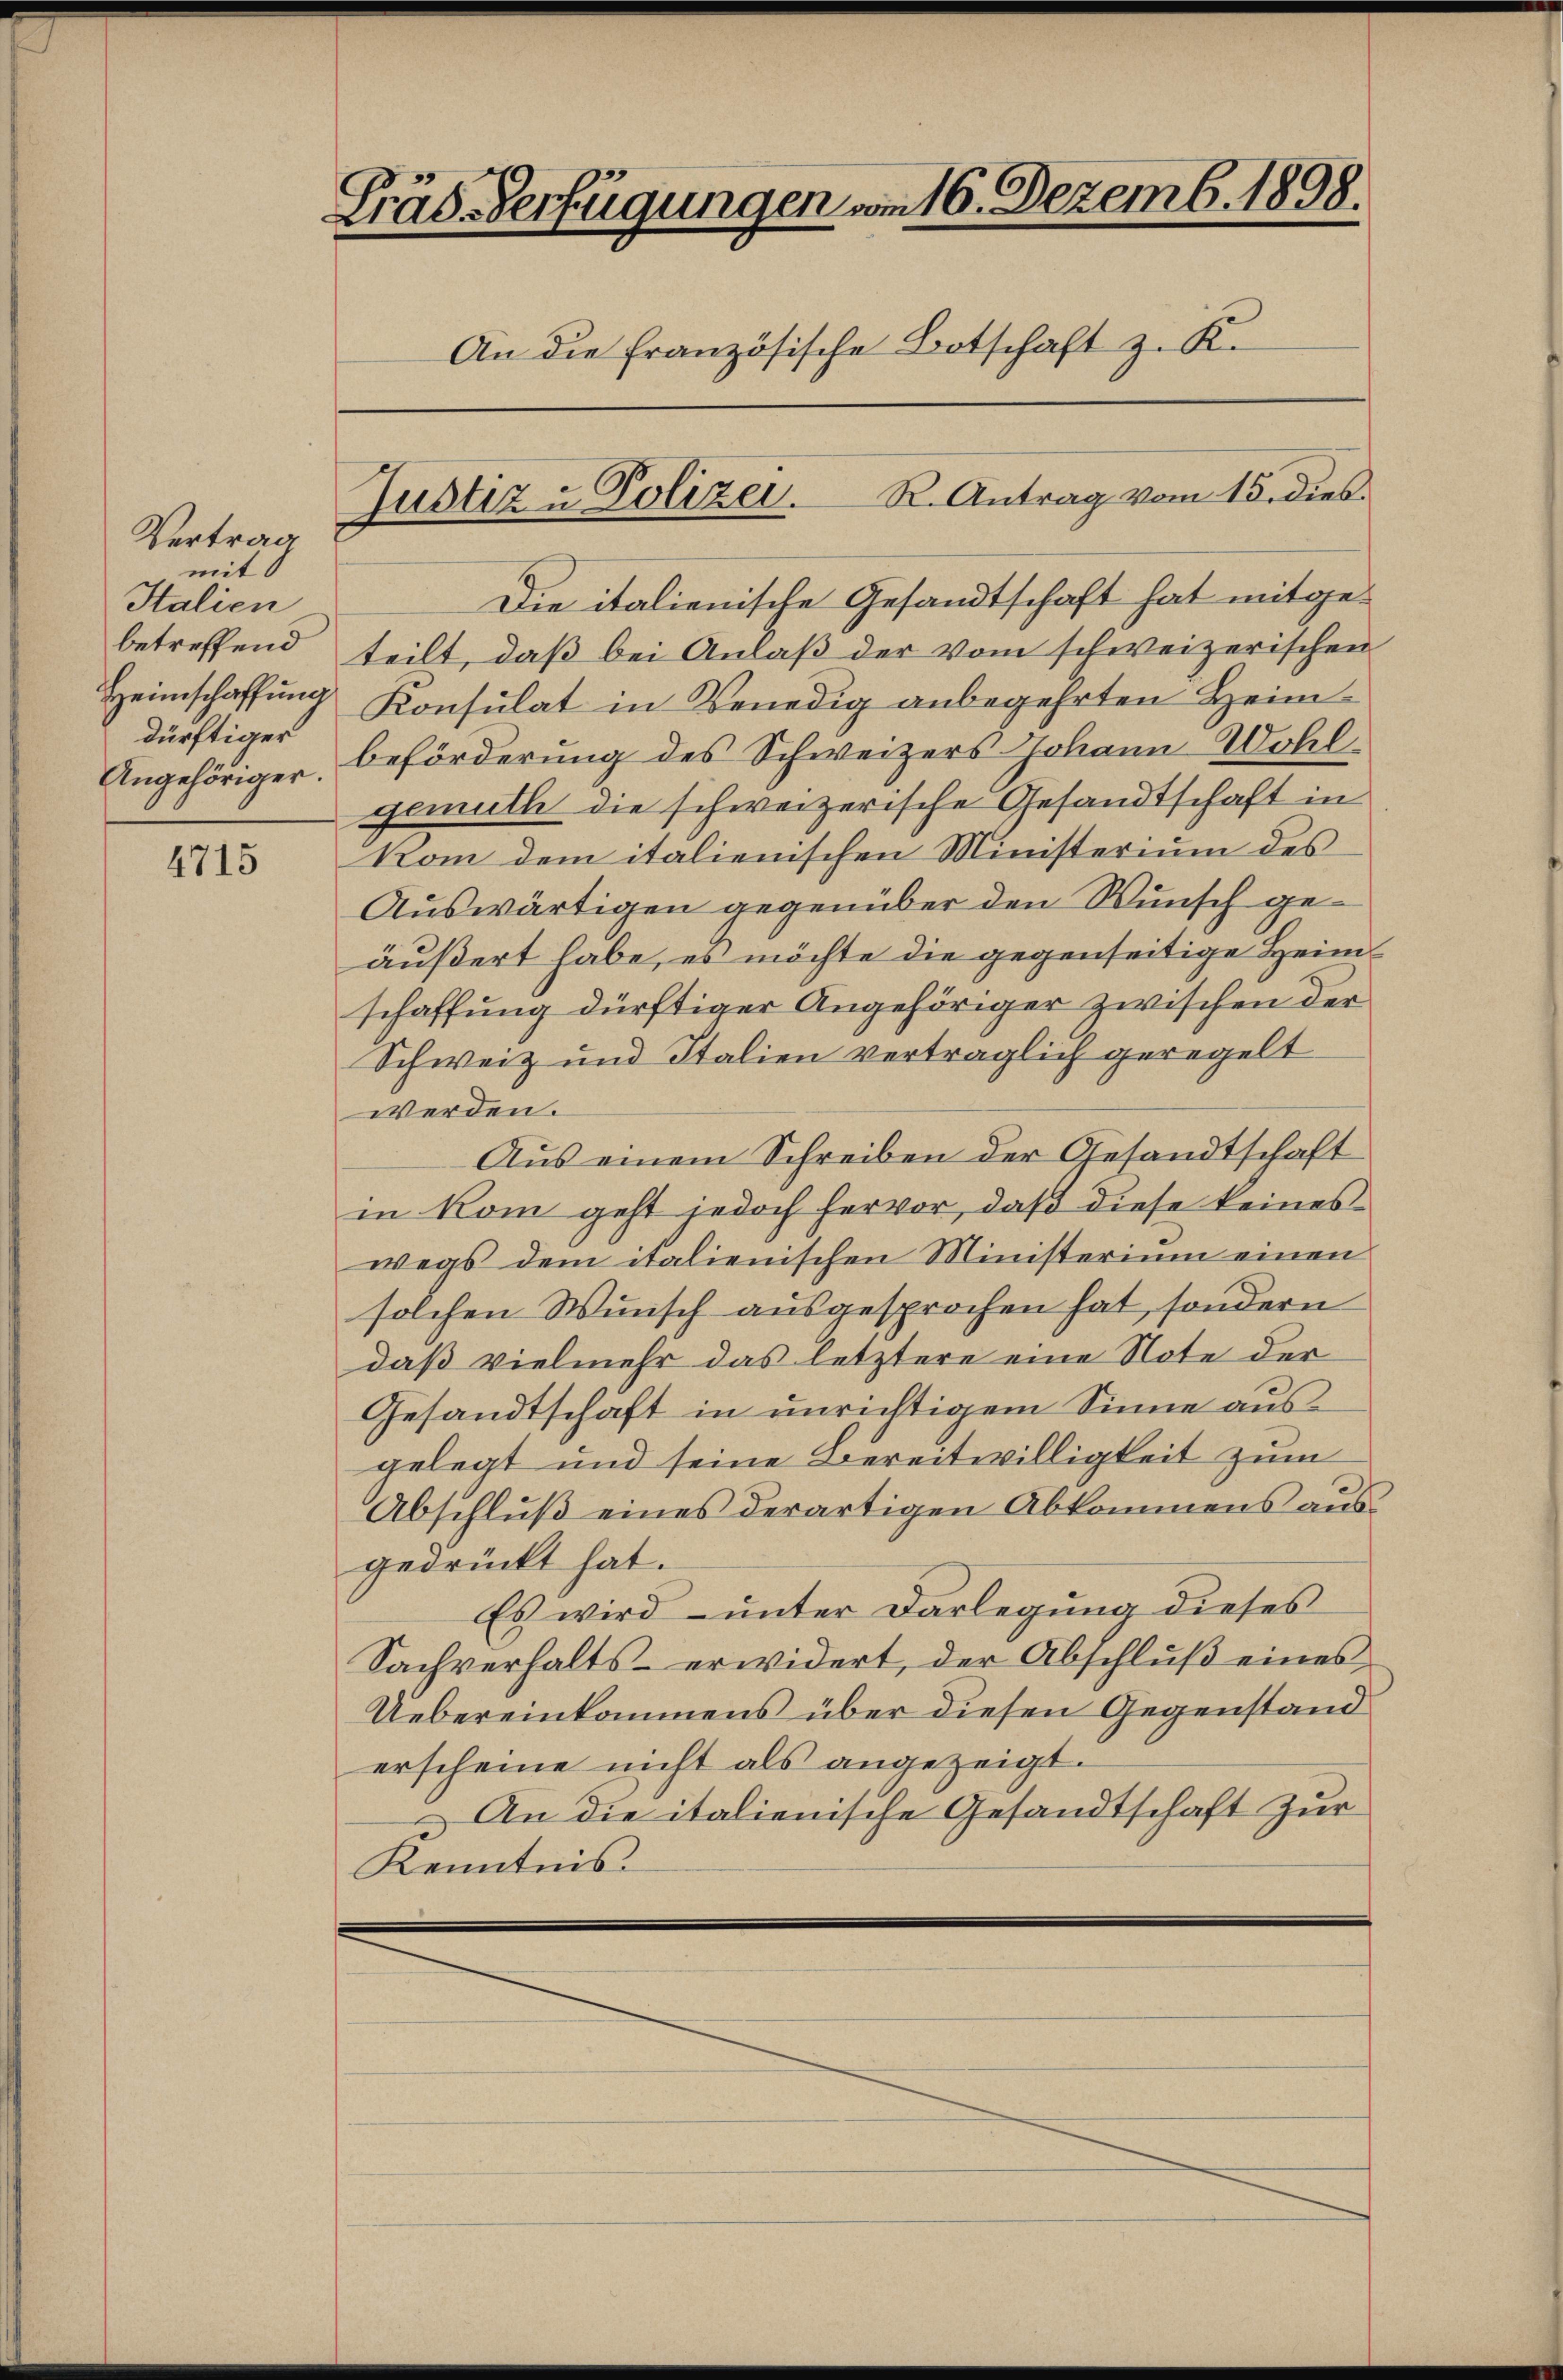
Vertrag
mit
Italien
Heimschaffung
dürftiger

4715

Gräs-Verfügungen vom 16. Dezemb. 1898.
An die französische Botschaft z. K.
Justiz u. Polizei. R. Antrag vom 15. dies

Die italienische Gesandtschaft hat mitgebetreffend teilt, daß bei Anlaβ der vom schweizerischen
Konsulat in Venedig anbegehrten Heim¬
Angehöriger Beförderung des Schweizers Johann Wohl
gemuth die schweizerische Gesandtschaft in
kom dem italienischen Ministerium des
Auswärtigen gegenüber den Wunsch geäußert habe, es möchte die gegenseitige Heimschaffung dürftiger Angehöriger zwischen der
Schweiz und Italien vertraglich geregelt
werden.
Aus einem Schreiben der Gesandtschaft
in kom geht jedoch hervor, daß diese keines
wegs dem italienischen Ministerium einen
solchen Wunsch ausgesprochen hat, sondern
daß vielmehr das letztere eine Note der
Gesandtschaft in unrichtigem Sinne ausgelegt und seine Bereitwilligkeit zum
Abschluß eines derartigen Abkommens ausgedrückt hat.
Es wird – unter Darlegung dieses
Sachverhalts- erwidert, der Abschlŭβ eines
Uebereinkommens über diesen Gegenstand
erscheine nicht als angezeigt.
An die italienische Gesandtschaft zur
Kenntnis.